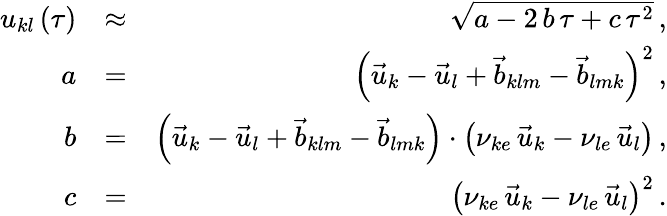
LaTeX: \begin{array}{rlr}{u_{kl}\left(\tau\right)}&{\approx}&{\sqrt{a-2\, b\, \tau+c\, \tau^{2}}\, ,}\\ {a}&{=}&{\left(\vec{u}_{k}-\vec{u}_{l}+\vec{b}_{klm}-\vec{b}_{lmk}\right)^{2}\, ,}\\ {b}&{=}&{\left(\vec{u}_{k}-\vec{u}_{l}+\vec{b}_{klm}-\vec{b}_{lmk}\right)\cdot\left(\nu_{ke}\, \vec{u}_{k}-\nu_{le}\, \vec{u}_{l}\right)\, ,}\\ {c}&{=}&{\left(\nu_{ke}\, \vec{u}_{k}-\nu_{le}\, \vec{u}_{l}\right)^{2}\, .}\end{array}